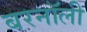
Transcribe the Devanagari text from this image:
बरनॉली